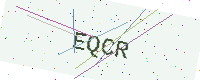
Text: EQCR